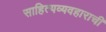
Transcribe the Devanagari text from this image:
साहित्यव्यवहाराची